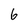
Character: 6